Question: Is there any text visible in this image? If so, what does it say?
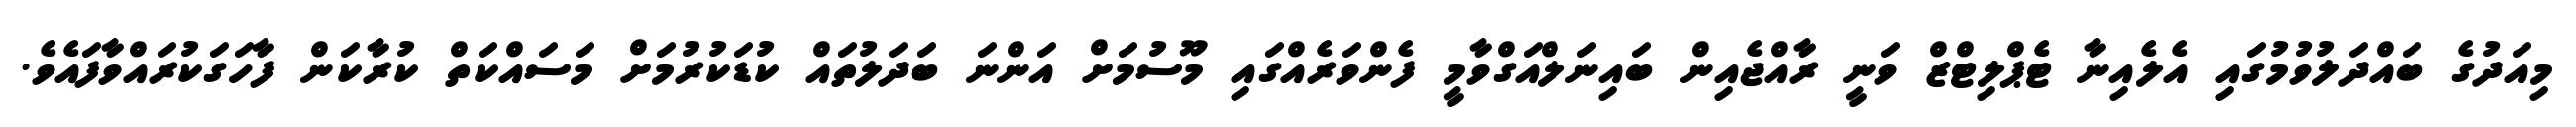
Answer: މިއަދުގެ ބައްދަލުވުމުގައި އެލެއިނާ ޓެޕްލިޓްޒް ވަނީ ރާއްޖެއިން ބައިނަލްއަގްވާމީ ފެންވަރެއްގައި މޫސުމަށް އަންނަ ބަދަލުތައް ކުޑަކުރުމަށް މަސައްކަތް ކުރާކަން ފާހަގަކުރައްވާފައެވެ.